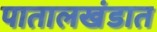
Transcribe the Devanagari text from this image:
पातालखंडात